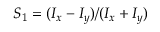
S _ { 1 } = ( I _ { x } - I _ { y } ) / ( I _ { x } + I _ { y } )